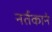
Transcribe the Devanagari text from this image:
नर्तकाने